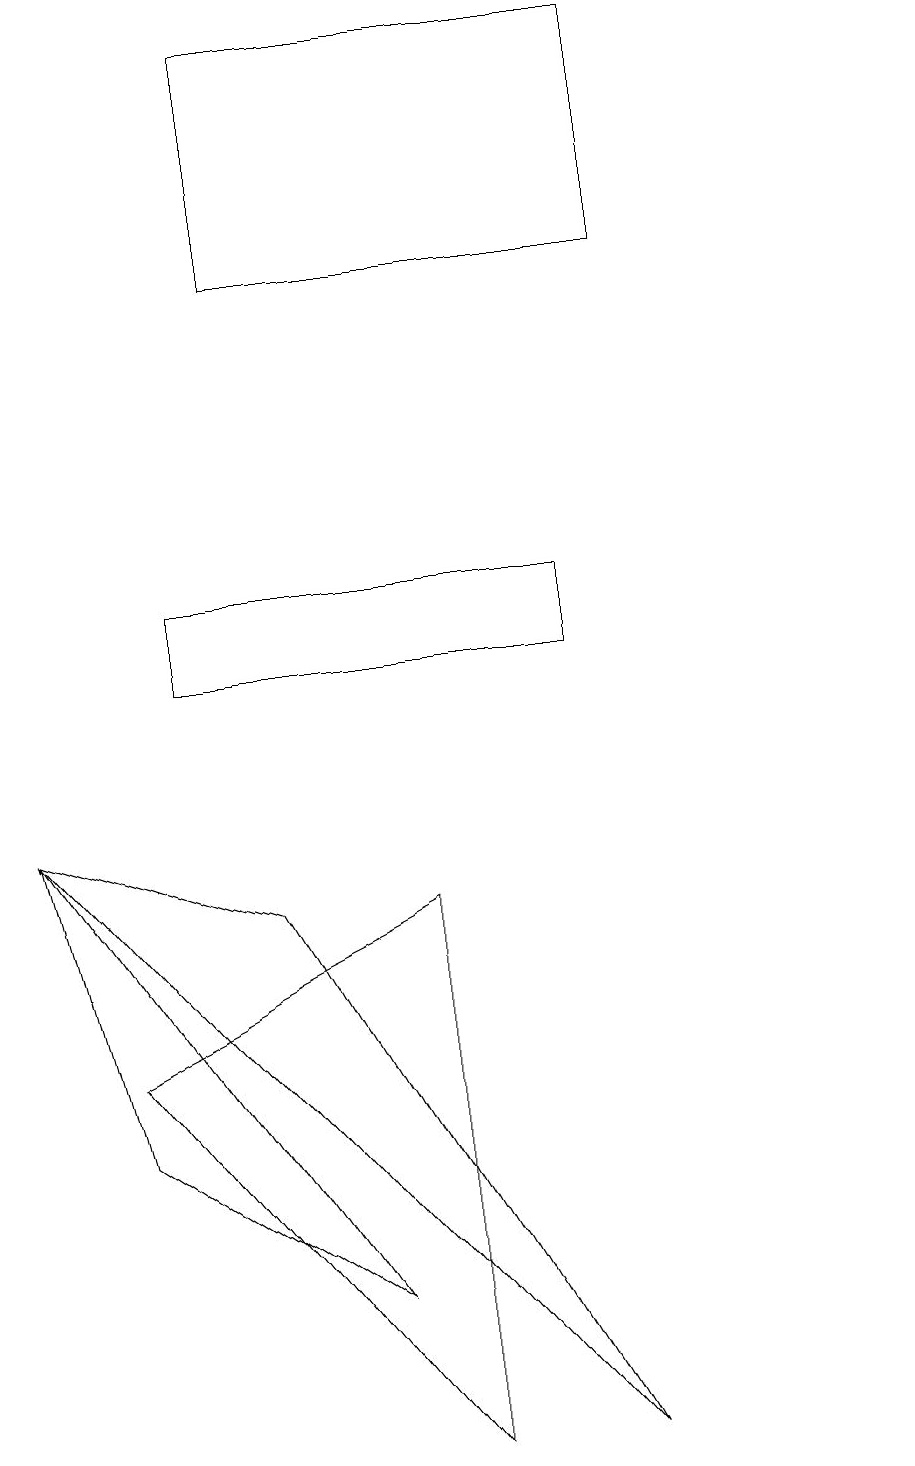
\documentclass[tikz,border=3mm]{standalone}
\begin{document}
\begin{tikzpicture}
\draw (3,7) -- (7,0) -- (0,8) -- cycle;
\draw (8,15) rectangle (3,18);
\draw (1,4) -- (0,8) -- (4,2) -- cycle;
\draw (11,12) circle (0);
\draw (1,5) -- (5,7) -- (5,0) -- cycle;
\draw (7,11) rectangle (2,10);
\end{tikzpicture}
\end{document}